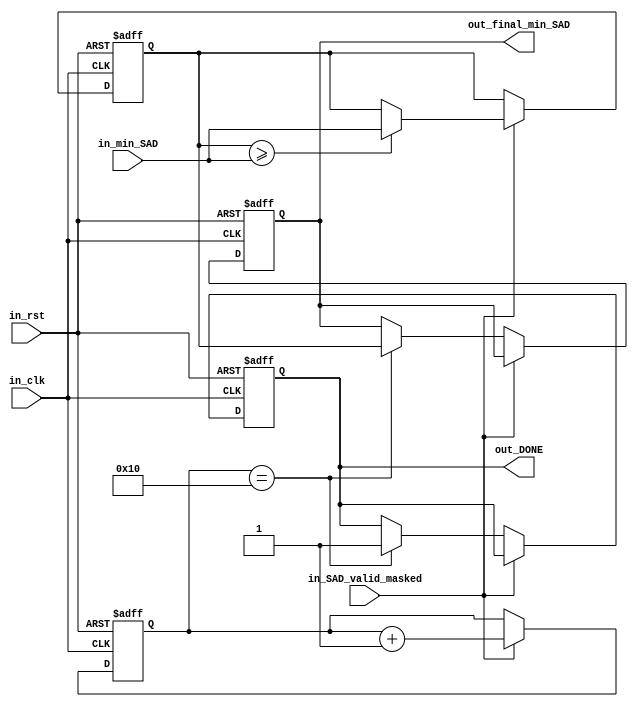
`timescale 1ns / 1ps

module MinTrackerComp
	#(parameter MAX_DATA_WIDTH = 16,
	  parameter COUNTER_WIDTH = 9
    )	

	(
	input in_clk,
	input in_rst,
	input [MAX_DATA_WIDTH-1:0] in_min_SAD,
	input in_SAD_valid_masked,
	
	output reg [MAX_DATA_WIDTH-1:0] out_final_min_SAD,
	output reg out_DONE

    );
	
	reg [MAX_DATA_WIDTH-1:0] reg_min_SAD; // Register to store the current minimum SAD
	reg [COUNTER_WIDTH-1:0] SAD_valid_counter;
	
	always @(posedge in_clk or posedge in_rst)begin
		if(in_rst)begin
			reg_min_SAD <= 20'hFFFFF;   // Initialize with maximum possible value on reset
		end
		else begin
            /*Process only when the SAD value is valid
            On the first valid input, store the SAD value in reg_min_SAD.
            On the second valid input, compare the stored value with the new input.
            If the new input is smaller, update reg_min_SAD. 
            Otherwise, the stored value in reg_min_SAD is the final minimum and output it. */			
 			if(in_SAD_valid_masked)begin 
				if(reg_min_SAD >= in_min_SAD)begin
					reg_min_SAD <= in_min_SAD;
				end
			end
		end
	end
	
	//PROCESS COUNTER BEGIN
	always @(posedge in_clk or posedge in_rst)begin
	   if(in_rst)begin
            SAD_valid_counter <= 0;
            out_DONE <= 0;
            out_final_min_SAD <= 0;
        end
        else begin
            if(in_SAD_valid_masked)begin
                SAD_valid_counter <= SAD_valid_counter + 1'b1;
            end
            else if (SAD_valid_counter == 16)begin
                out_DONE <= 1'b1;
                out_final_min_SAD <= reg_min_SAD;
            end
        end
    end
	//PROCESS COUNTER END
	
endmodule